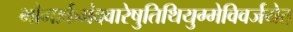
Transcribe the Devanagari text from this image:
भौमार्कमंदवारेषुतिथियुग्मेविवर्जयेत्